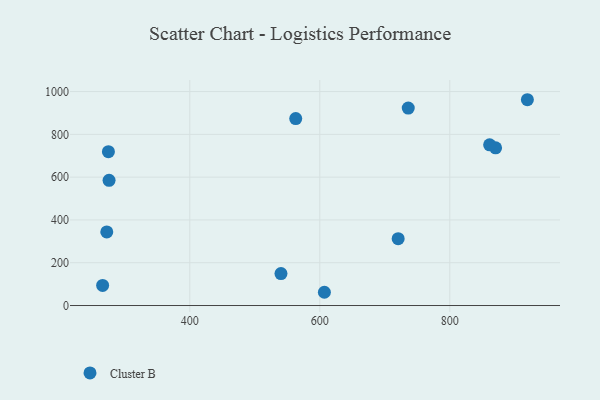
{"axis": {"x": "Study Hours", "y": "Sales"}, "legend": ["Cluster B"], "data": [{"x": "720.6", "y": 312.2, "type": "Cluster B"}, {"x": "870.5", "y": 736.9, "type": "Cluster B"}, {"x": "265.9", "y": 94.0, "type": "Cluster B"}, {"x": "919.4", "y": 961.8, "type": "Cluster B"}, {"x": "563.0", "y": 873.6, "type": "Cluster B"}, {"x": "272.3", "y": 343.9, "type": "Cluster B"}, {"x": "607.1", "y": 61.9, "type": "Cluster B"}, {"x": "275.8", "y": 585.2, "type": "Cluster B"}, {"x": "540.3", "y": 149.3, "type": "Cluster B"}, {"x": "736.1", "y": 923.0, "type": "Cluster B"}, {"x": "274.8", "y": 718.9, "type": "Cluster B"}, {"x": "861.3", "y": 751.1, "type": "Cluster B"}]}